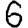
Digit: 6